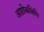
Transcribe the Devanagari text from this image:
अशोकलिपि